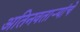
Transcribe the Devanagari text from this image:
अतिनवताऱ्यांचे